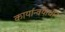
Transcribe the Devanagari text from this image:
कार्यान्वयाधीन